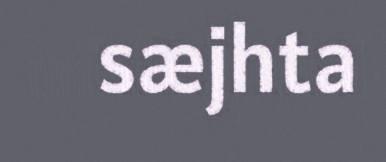
sæjhta